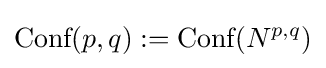
{\text{Conf}}(p,q):={\text{Conf}}(N^{p,q})